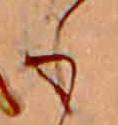
も